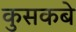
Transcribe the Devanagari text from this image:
कुसकबे